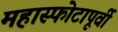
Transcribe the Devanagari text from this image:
महास्फोटापूर्वी